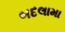
બદલામા